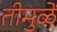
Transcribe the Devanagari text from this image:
तीमुळें